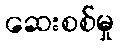
ဆေးစစ်မှု